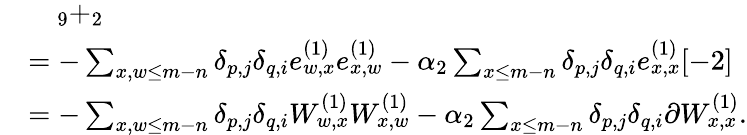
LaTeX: \begin{array}{rl}&{\quad_{9}+_{2}}\\ &{=-\sum_{x,w\leq m-n}\delta_{p,j}\delta_{q,i}e_{w,x}^{(1)}e_{x,w}^{(1)}-\alpha_{2}\sum_{x\leq m-n}\delta_{p,j}\delta_{q,i}e_{x,x}^{(1)}[-2]}\\ &{=-\sum_{x,w\leq m-n}\delta_{p,j}\delta_{q,i}W_{w,x}^{(1)}W_{x,w}^{(1)}-\alpha_{2}\sum_{x\leq m-n}\delta_{p,j}\delta_{q,i}\partial W_{x,x}^{(1)}.}\end{array}